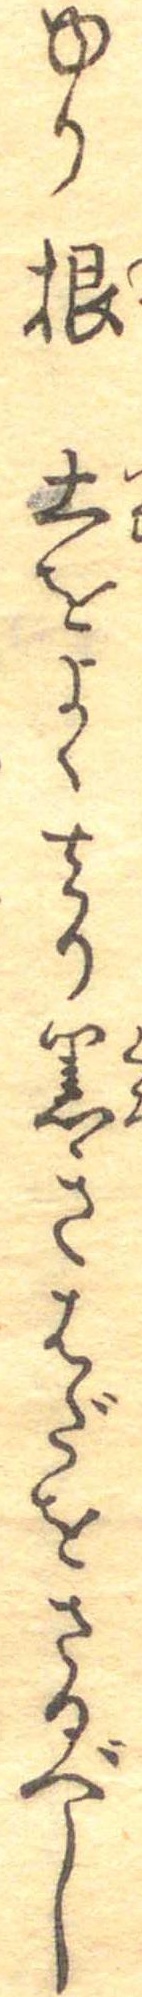
ゆり根土をよく去り黒きはだをさるべし